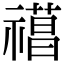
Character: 𥛼